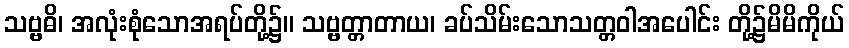
သဗ္ဗဓိ၊ အလုံးစုံသောအရပ်တို့၌။ သဗ္ဗတ္တာတာယ၊ ခပ်သိမ်းသောသတ္တဝါအပေါင်း တို့၌မိမိကိုယ်